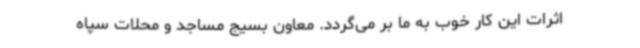
اثرات این کار خوب به ما بر می‌گردد. معاون بسیج مساجد و محلات سپاه